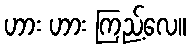
ဟား ဟား ကြည့်လေ။